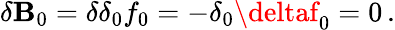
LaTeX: \delta\mathbf{B}_{0}=\delta\delta_{0}f_{0}=-\delta_{0}\deltaf_{0}=0\, .